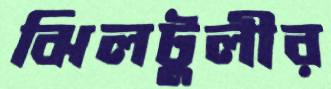
ঝিলটুলীর